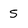
Character: 5